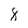
Character: 8